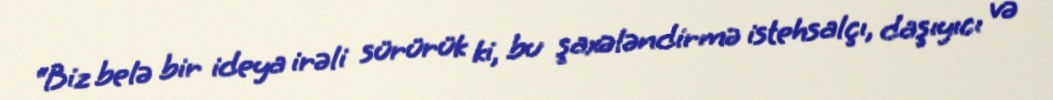
“Biz belə bir ideya irəli sürürük ki, bu şaxələndirmə istehsalçı, daşıyıcı və